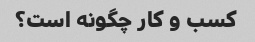
کسب و کار چگونه است؟